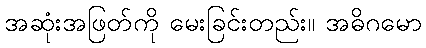
အဆုံးအဖြတ်ကို မေးခြင်းတည်း။ အဓိဂမော